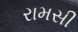
રામસી